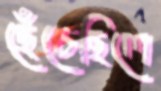
ছেঁচেছিলে